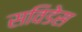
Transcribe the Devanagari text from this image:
सविडेस